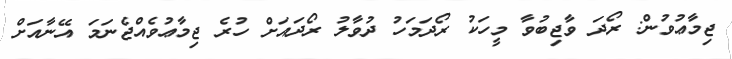
ޖިމާޢުވުން: ރޯދަ ވާޖިބުވާ މީހަކު ރޯދަމަހު ދުވާލު ރޯދައަށް ހުރެ ޖިމާޢުވެއްޖެނަމަ އޭނާއަށް